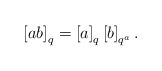
\begin{align*}\left[ab\right]_{q}=\left[a\right]_{q}\left[b\right]_{q^{a}}.\end{align*}